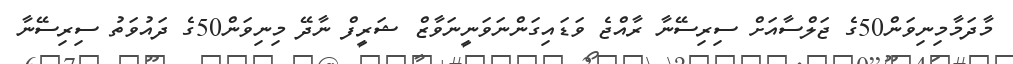
މާދަމާމިނިވަން50ގެ ޖަލްސާއަށް ސިރިސޭނާ ރާއްޖެ ވަޑައިގަންނަވަނީނަވާޒް ޝަރީފް ނާދޭ މިނިވަން50ގެ ދައުވަތު ސިރިސޭނާ